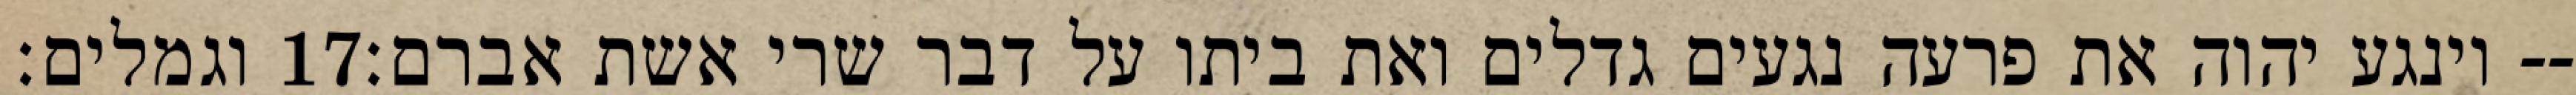
וגמלים׃ ‎17‏ וינגע יהוה את פרעה נגעים גדלים ואת ביתו על דבר שרי אשת אברם׃--